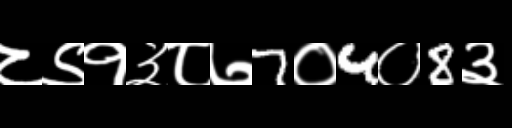
Text: ८९१३८७7०4०8३